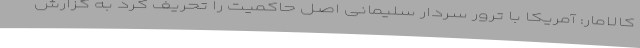
کالامار: آمریکا با ترور سردار سلیمانی اصل حاکمیت را تحریف کرد به گزارش